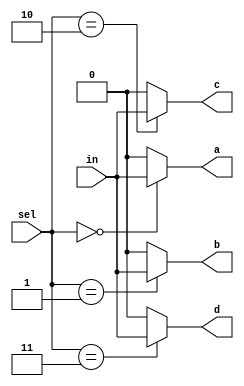
`ifndef _h_dmux4way_
`define _h_dmux4way_

`timescale 1ns / 1ps
//////////////////////////////////////////////////////////////////////////////////
// Company: 
// Engineer: 
// 
// Design Name: 
// Module Name:    hDMux4Way 
// Project Name: 
// Target Devices: 
// Tool versions: 
// Description: 
//
// Dependencies: 
//
// Revision: 
// Revision 0.01 - File Created
// Additional Comments: 
//
//////////////////////////////////////////////////////////////////////////////////
module hDMux4Way(
    input wire in,
    input wire [1:0] sel,
    output wire a,
    output wire b,
    output wire c,
    output wire d
    );
	
	assign a = (sel == 2'b00)? in : 1'b0;
	assign b = (sel == 2'b01)? in : 1'b0;
	assign c = (sel == 2'b10)? in : 1'b0;
	assign d = (sel == 2'b11)? in : 1'b0;

endmodule

`endif